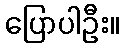
ပြောပါဦး။